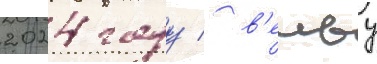
2024 году / в'енву